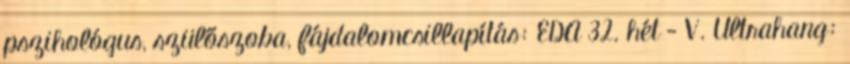
pszihológus, szülőszoba, fájdalomcsillapítás: EDA 32. hét - V. Ultrahang: